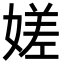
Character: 嫅